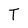
Character: T